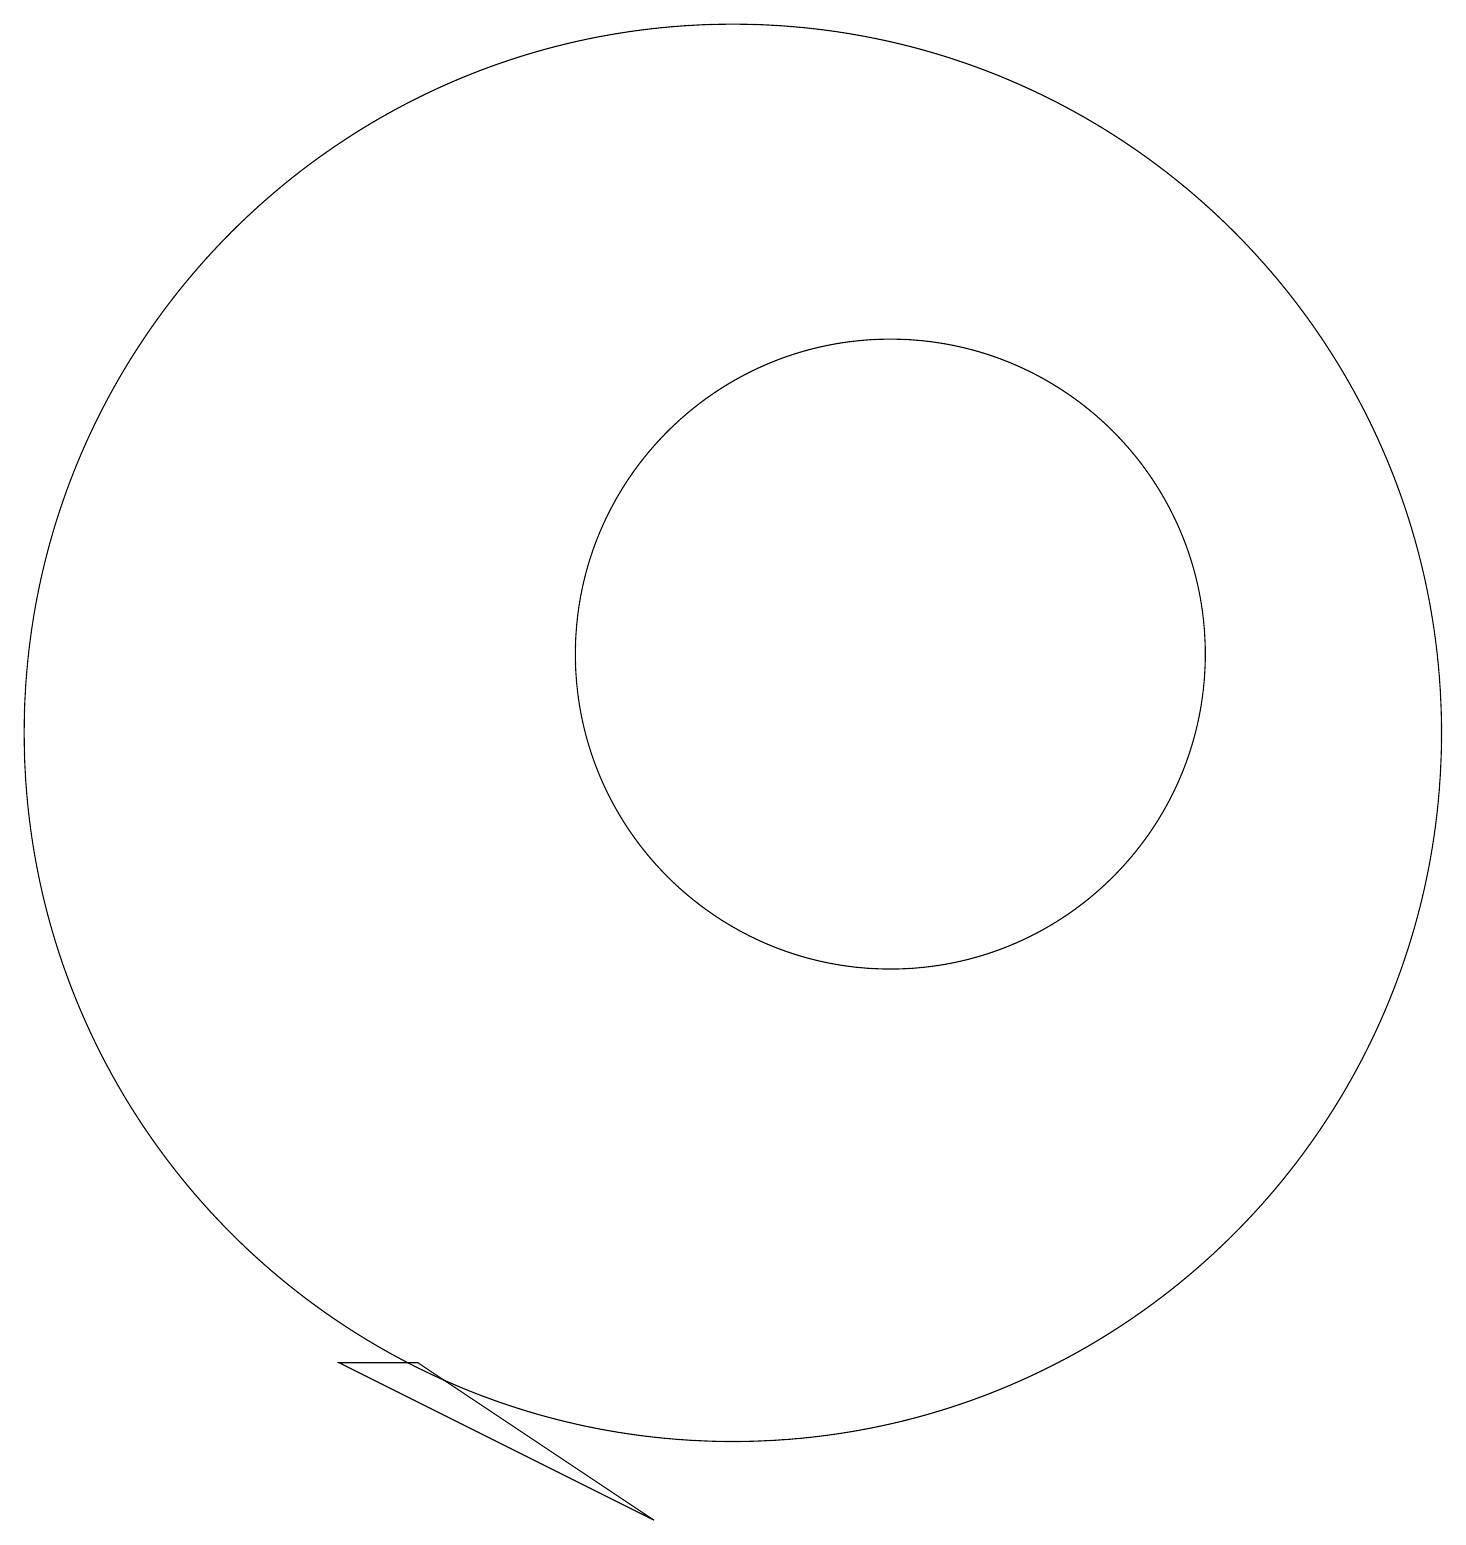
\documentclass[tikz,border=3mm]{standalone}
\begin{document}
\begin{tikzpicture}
\draw (12,11) circle (4);
\draw (6,2) -- (9,0) -- (5,2) -- cycle;
\draw (10,10) circle (9);
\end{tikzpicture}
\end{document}